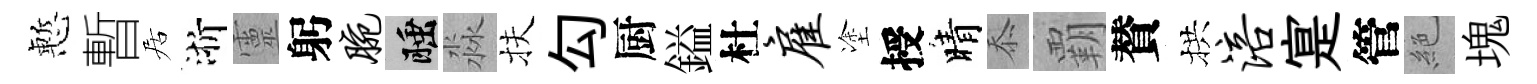
慙暫居浙靈躬腕睡淼扶勾厨鎰杜雇塗授晴忝覇賛拱涪寔管絶塊